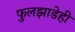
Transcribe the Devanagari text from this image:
फुलझाडेही